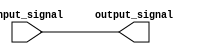
module non_inverting_buffer (
    input wire input_signal,
    output reg output_signal
);

assign output_signal = input_signal;

endmodule